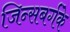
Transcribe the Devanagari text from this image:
जिन्सबर्गके